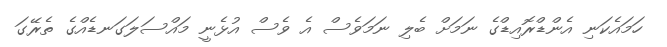
ހަމައެކަނި އެންޑްރޮއިޑްގެ ނަމަށް ބެލި ނަމަވެސް އެ ވެސް އުޅެނީ މައްސަލަގަނޑެއްގެ ތެރޭގަ